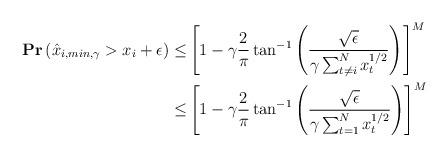
LaTeX: \begin{align*}\mathbf{Pr}\left(\hat{x}_{i,min,\gamma}> x_i + \epsilon\right) \leq& \left[1-\gamma\frac{2}{\pi}\tan^{-1}\left(\frac{\sqrt{\epsilon}}{\gamma\sum_{t\neq i}^N x_t^{1/2}}\right) \right]^M\\\leq&\left[1-\gamma\frac{2}{\pi}\tan^{-1}\left(\frac{\sqrt{\epsilon}}{\gamma\sum_{t=1}^N x_t^{1/2}}\right) \right]^M\end{align*}